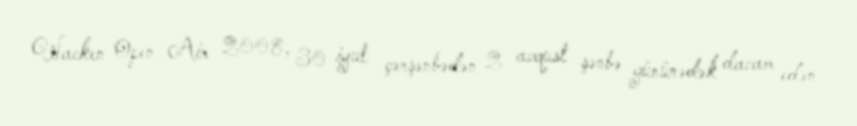
Wacken Open Air 2008, 30 iyul çərşənbədən 2 avqust şənbə gününədək davam edən